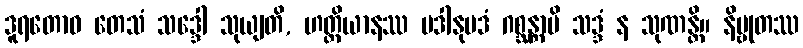
ဒူရတောဝ တေသံ သဒ္ဒေါ သုယျတိ, ဟတ္ထိယာနဿ ပဒါနုပဒံ ဂစ္ဆန္တာပိ သဒ္ဒံ န သုဏန္တိ။ နိဗ္ဗုတဿ